Scottish Leaving Certificate Examination, 1961
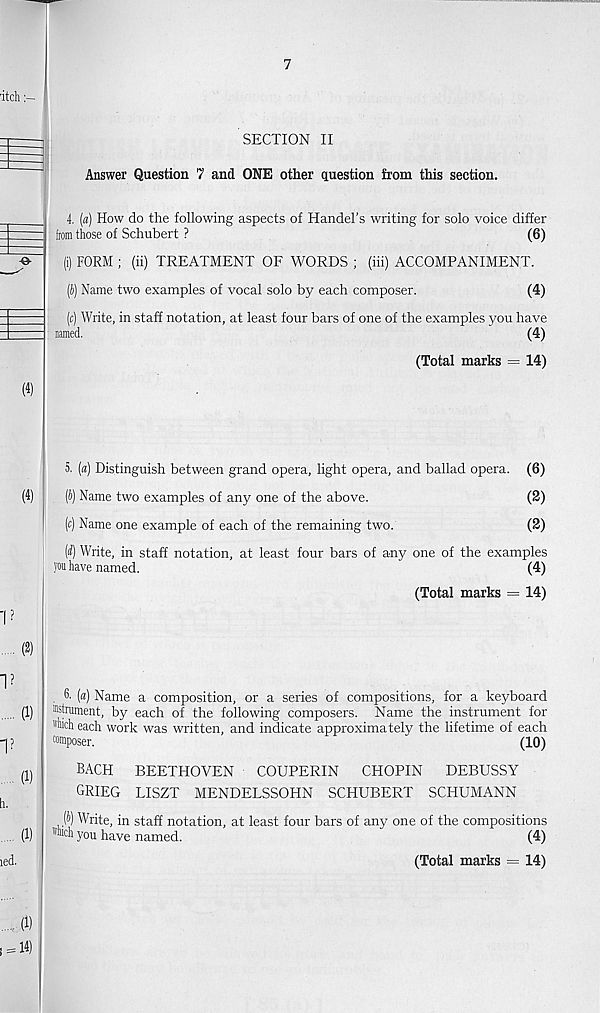
SECTION II
«•
Answer Question 7 and ONE other question from this section.
4. (a) How do the following aspects of Handel’s writing for solo voice differ
from those of Schubert ?
(6)
(i) FORM ; (ii) TREATMENT OF WORDS ; (iii) ACCOMPANIMENT.
(i) Name two examples of vocal solo by each composer.
(4)
(c) Write, in staff notation, at least four bars of one of the examples you have
named.
(4)
(Total marks = 14)
(4)
5. (a) Distinguish between grand opera, light opera, and ballad opera. (6)
(b) Name two examples of any one of the above.
(2)
(c) Name one example of each of the remaining two.
(2)
(d) Write, in staff notation, at least four bars of any one of the examples
you have named.
(4)
(Total marks = 14)
?
6' (a) Name a composition, or a series of compositions, for a keyboard
(1) Bstmment, by each of the following composers. Name the instrument for
"Mi each work was written, and indicate approximately the lifetime of each
?
composer.
(10)
BACH BEETHOVEN COUPERIN CHOPIN DEBUSSY
GRIEG LISZT MENDELSSOHN SCHUBERT SCHUMANN
(1)
j!>) Write, in staff notation, at least four bars of any one of the compositions
"Mi you have named.
(4)
(Total marks = 14)